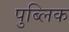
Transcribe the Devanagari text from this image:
पुब्लिक